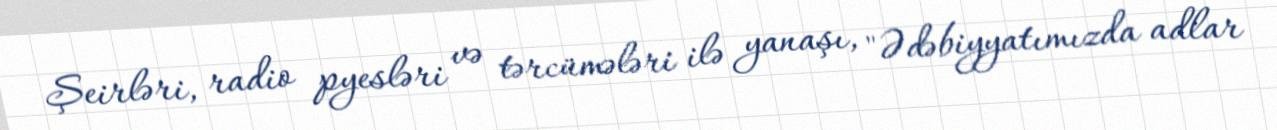
Şeirləri, radio pyesləri və tərcümələri ilə yanaşı, "Ədəbiyyatımızda adlar